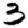
Digit: 3